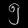
Digit: ၅